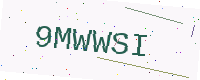
Text: 9MWWSI